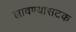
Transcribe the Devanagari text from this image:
लावण्यासटक